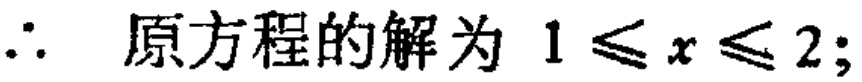
\(\therefore\) 原方程的解为 \(1\leqslant x\leqslant 2;\)